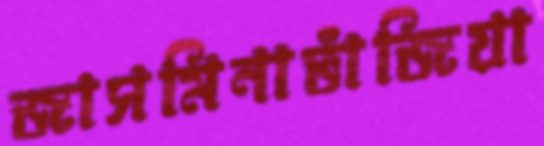
জাসমিনাভাঁজিয়া